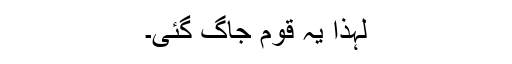
لہذٰا یہ قوم جاگ گئی۔